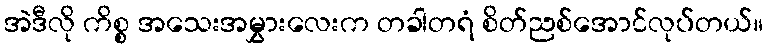
အဲဒီလို ကိစ္စ အသေးအမွှားလေးက တခါတရံ စိတ်ညစ်အောင်လုပ်တယ်။